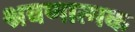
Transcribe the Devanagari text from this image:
श्रवणात्मक